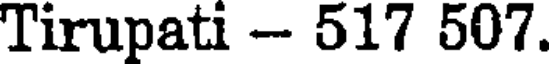
Tirupati - 517 507.